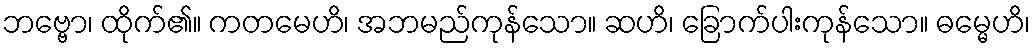
ဘဗ္ဗော၊ ထိုက်၏။ ကတမေဟိ၊ အဘမည်ကုန်သော။ ဆဟိ၊ ခြောက်ပါးကုန်သော။ ဓမ္မေဟိ၊